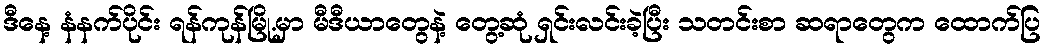
ဒီနေ့ နံနက်ပိုင်း ရန်ကုန်မြို.မှာ မီဒီယာတွေနဲ့ တွေ့ဆုံ ရှင်းလင်းခဲ့ပြီး သတင်းစာ ဆရာတွေက ထောက်ပြ